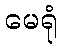
မေရုံ